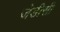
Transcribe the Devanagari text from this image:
जेडीसी